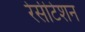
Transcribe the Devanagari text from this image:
रेसीटेशन